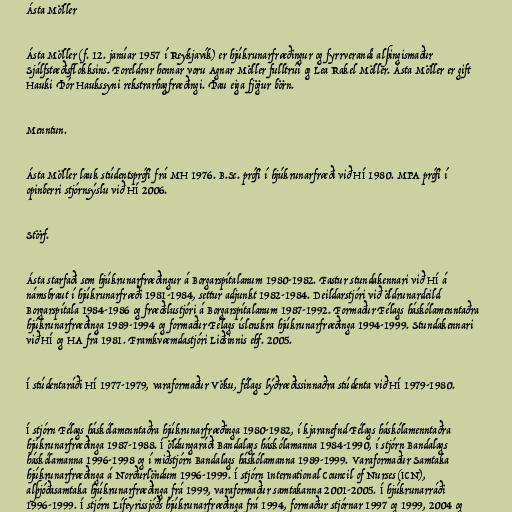
Ásta Möller

Ásta Möller (f. 12. janúar 1957 í Reykjavík) er hjúkrunarfræðingur og fyrrverandi alþingismaður
Sjálfstæðisflokksins. Foreldrar hennar voru Agnar Möller fulltrúi og Lea Rakel Möller. Ásta Möller er gift
Hauki Þór Haukssyni rekstrarhagfræðingi. Þau eiga fjögur börn.

Menntun.

Ásta Möller lauk stúdentsprófi frá MH 1976. B.Sc. prófi í hjúkrunarfræði við HÍ 1980. MPA prófi í
opinberri stjórnsýslu við HÍ 2006.

Störf.

Ásta starfaði sem hjúkrunarfræðingur á Borgarspítalanum 1980-1982. Fastur stundakennari við HÍ á
námsbraut í hjúkrunarfræði 1981-1984, settur adjunkt 1982-1984. Deildarstjóri við öldrunardeild
Borgarspítala 1984-1986 og fræðslustjóri á Borgarspítalanum 1987-1992. Formaður Félags háskólamenntaðra
hjúkrunarfræðinga 1989-1994 og formaður Félags íslenskra hjúkrunarfræðinga 1994-1999. Stundakennari
við HÍ og HA frá 1981. Framkvæmdastjóri Liðsinnis ehf. 2005.

Í stúdentaráði HÍ 1977-1979, varaformaður Vöku, félags lýðræðissinnaðra stúdenta við HÍ 1979-1980.

Í stjórn Félags háskólamenntaðra hjúkrunarfræðinga 1980-1982, í kjaranefnd Félags háskólamenntaðra
hjúkrunarfræðinga 1987-1988. Í öldungaráði Bandalags háskólamanna 1984-1990, í stjórn Bandalags
háskólamanna 1996-1998 og í miðstjórn Bandalags háskólamanna 1989-1999. Varaformaður Samtaka
hjúkrunarfræðinga á Norðurlöndum 1996-1999. Í stjórn International Council of Nurses (ICN),
alþjóðasamtaka hjúkrunarfræðinga frá 1999, varaformaður samtakanna 2001-2005. Í hjúkrunarráði
1996-1999. Í stjórn Lífeyrissjóðs hjúkrunarfræðinga frá 1994, formaður stjórnar 1997 og 1999, 2004 og